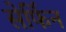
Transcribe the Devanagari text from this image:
सेर्फिन